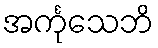
အင်္ကုသေဘိ